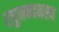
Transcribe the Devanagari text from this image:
रघुनन्दनस्य